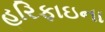
હરિફાઇના